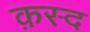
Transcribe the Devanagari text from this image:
क़स्द